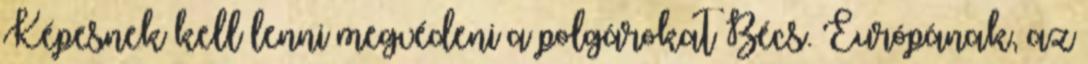
Képesnek kell lenni megvédeni a polgárokat Bécs. Európának, az